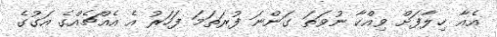
އެއާ ޚިލާފަށް ވިއްކާ ނުވަތަ ގަންނަ ފުރަތަމަ ފަހަރު އެ އެއްޗެއްގެ އަގުގެ